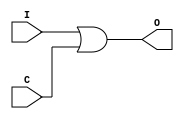
module clk_gate (
               I, C, O
           );

    input  I;
    input  C;
    output O;

    assign O = I | C;

//======================================================
  endmodule